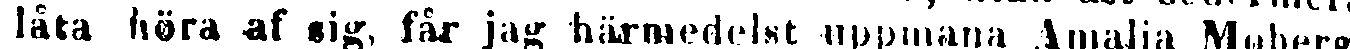
låta höra af sig, får jag härmedelst uppmana Amalia Moberg